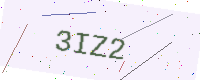
Text: 3IZ2